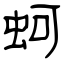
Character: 蚵